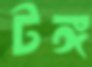
টঙ্গ